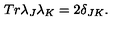
T r \lambda _ { J } \lambda _ { K } = 2 \delta _ { J K } .